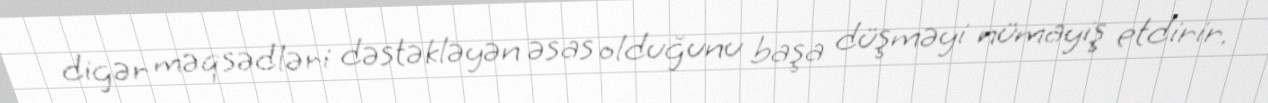
digər məqsədləri dəstəkləyən əsas olduğunu başa düşməyi nümayiş etdirir.